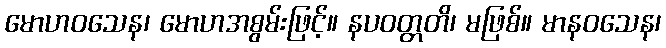
မောဟဝသေန၊ မောဟအစွမ်းဖြင့်။ နပဝတ္တတိ၊ မဖြစ်။ မာနဝသေန၊